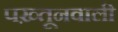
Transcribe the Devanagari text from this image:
पख़्तूनवाली